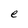
Character: e